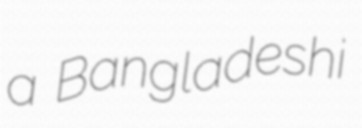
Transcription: a Bangladeshi